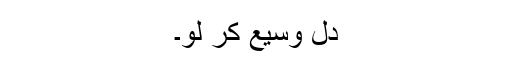
دل وسیع کر لو۔